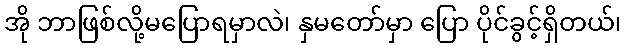
အို ဘာဖြစ်လို့မပြောရမှာလဲ၊ နှမတော်မှာ ပြော ပိုင်ခွင့်ရှိတယ်၊